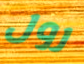
رول